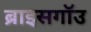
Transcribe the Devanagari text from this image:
ब्राइसगॉउ